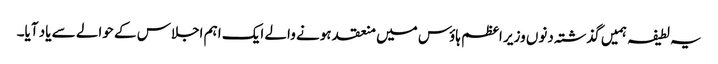
یہ لطیفہ ہمیں گذشتہ دنوں وزیر اعظم ہاؤس میں منعقد ہونے والے ایک اہم اجلاس کے حوالے سے یاد آیا۔